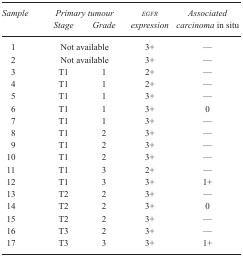
| <ROWSPAN=2> Sample | <COLSPAN=2> Primary tumour | <ROWSPAN=2> egfr expression | <ROWSPAN=2> Associated carcinoma in situ |
 | Stage | Grade |
 | --- | --- | --- | --- | --- |
 | 1 | <COLSPAN=2> Not available | 3+ | — |
 | 2 | <COLSPAN=2> Not available | 3+ | — |
 | 3 | T1 | 1 | 2+ | — |
 | 4 | T1 | 1 | 2+ | — |
 | 5 | T1 | 1 | 3+ | — |
 | 6 | T1 | 1 | 3+ | 0 |
 | 7 | T1 | 1 | 3+ | — |
 | 8 | T1 | 2 | 3+ | — |
 | 9 | T1 | 2 | 3+ | — |
 | 10 | T1 | 2 | 3+ | — |
 | 11 | T1 | 3 | 2+ | — |
 | 12 | T1 | 3 | 3+ | 1+ |
 | 13 | T2 | 2 | 3+ | — |
 | 14 | T2 | 2 | 3+ | 0 |
 | 15 | T2 | 2 | 3+ | — |
 | 16 | T3 | 2 | 3+ | — |
 | 17 | T3 | 3 | 3+ | 1+ |